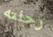
رحلته